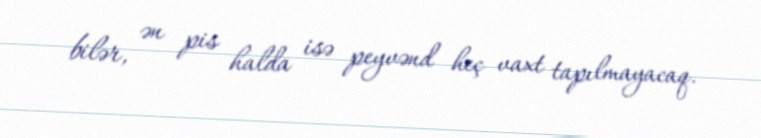
bilər, ən pis halda isə peyvənd heç vaxt tapılmayacaq.